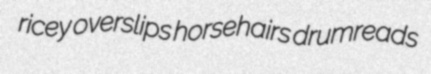
ricey overslips horsehairs drumreads